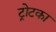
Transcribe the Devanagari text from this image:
ट्रोटका